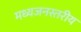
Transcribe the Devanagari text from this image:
मध्यजनस्तरीय